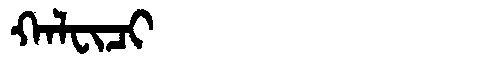
Manchu: ᡴᠠᠯᠸᡳᠴᡳ
Romanization: KALFICI